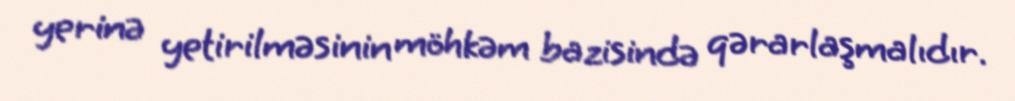
yerinə yetirilməsinin möhkəm bazisində qərarlaşmalıdır.